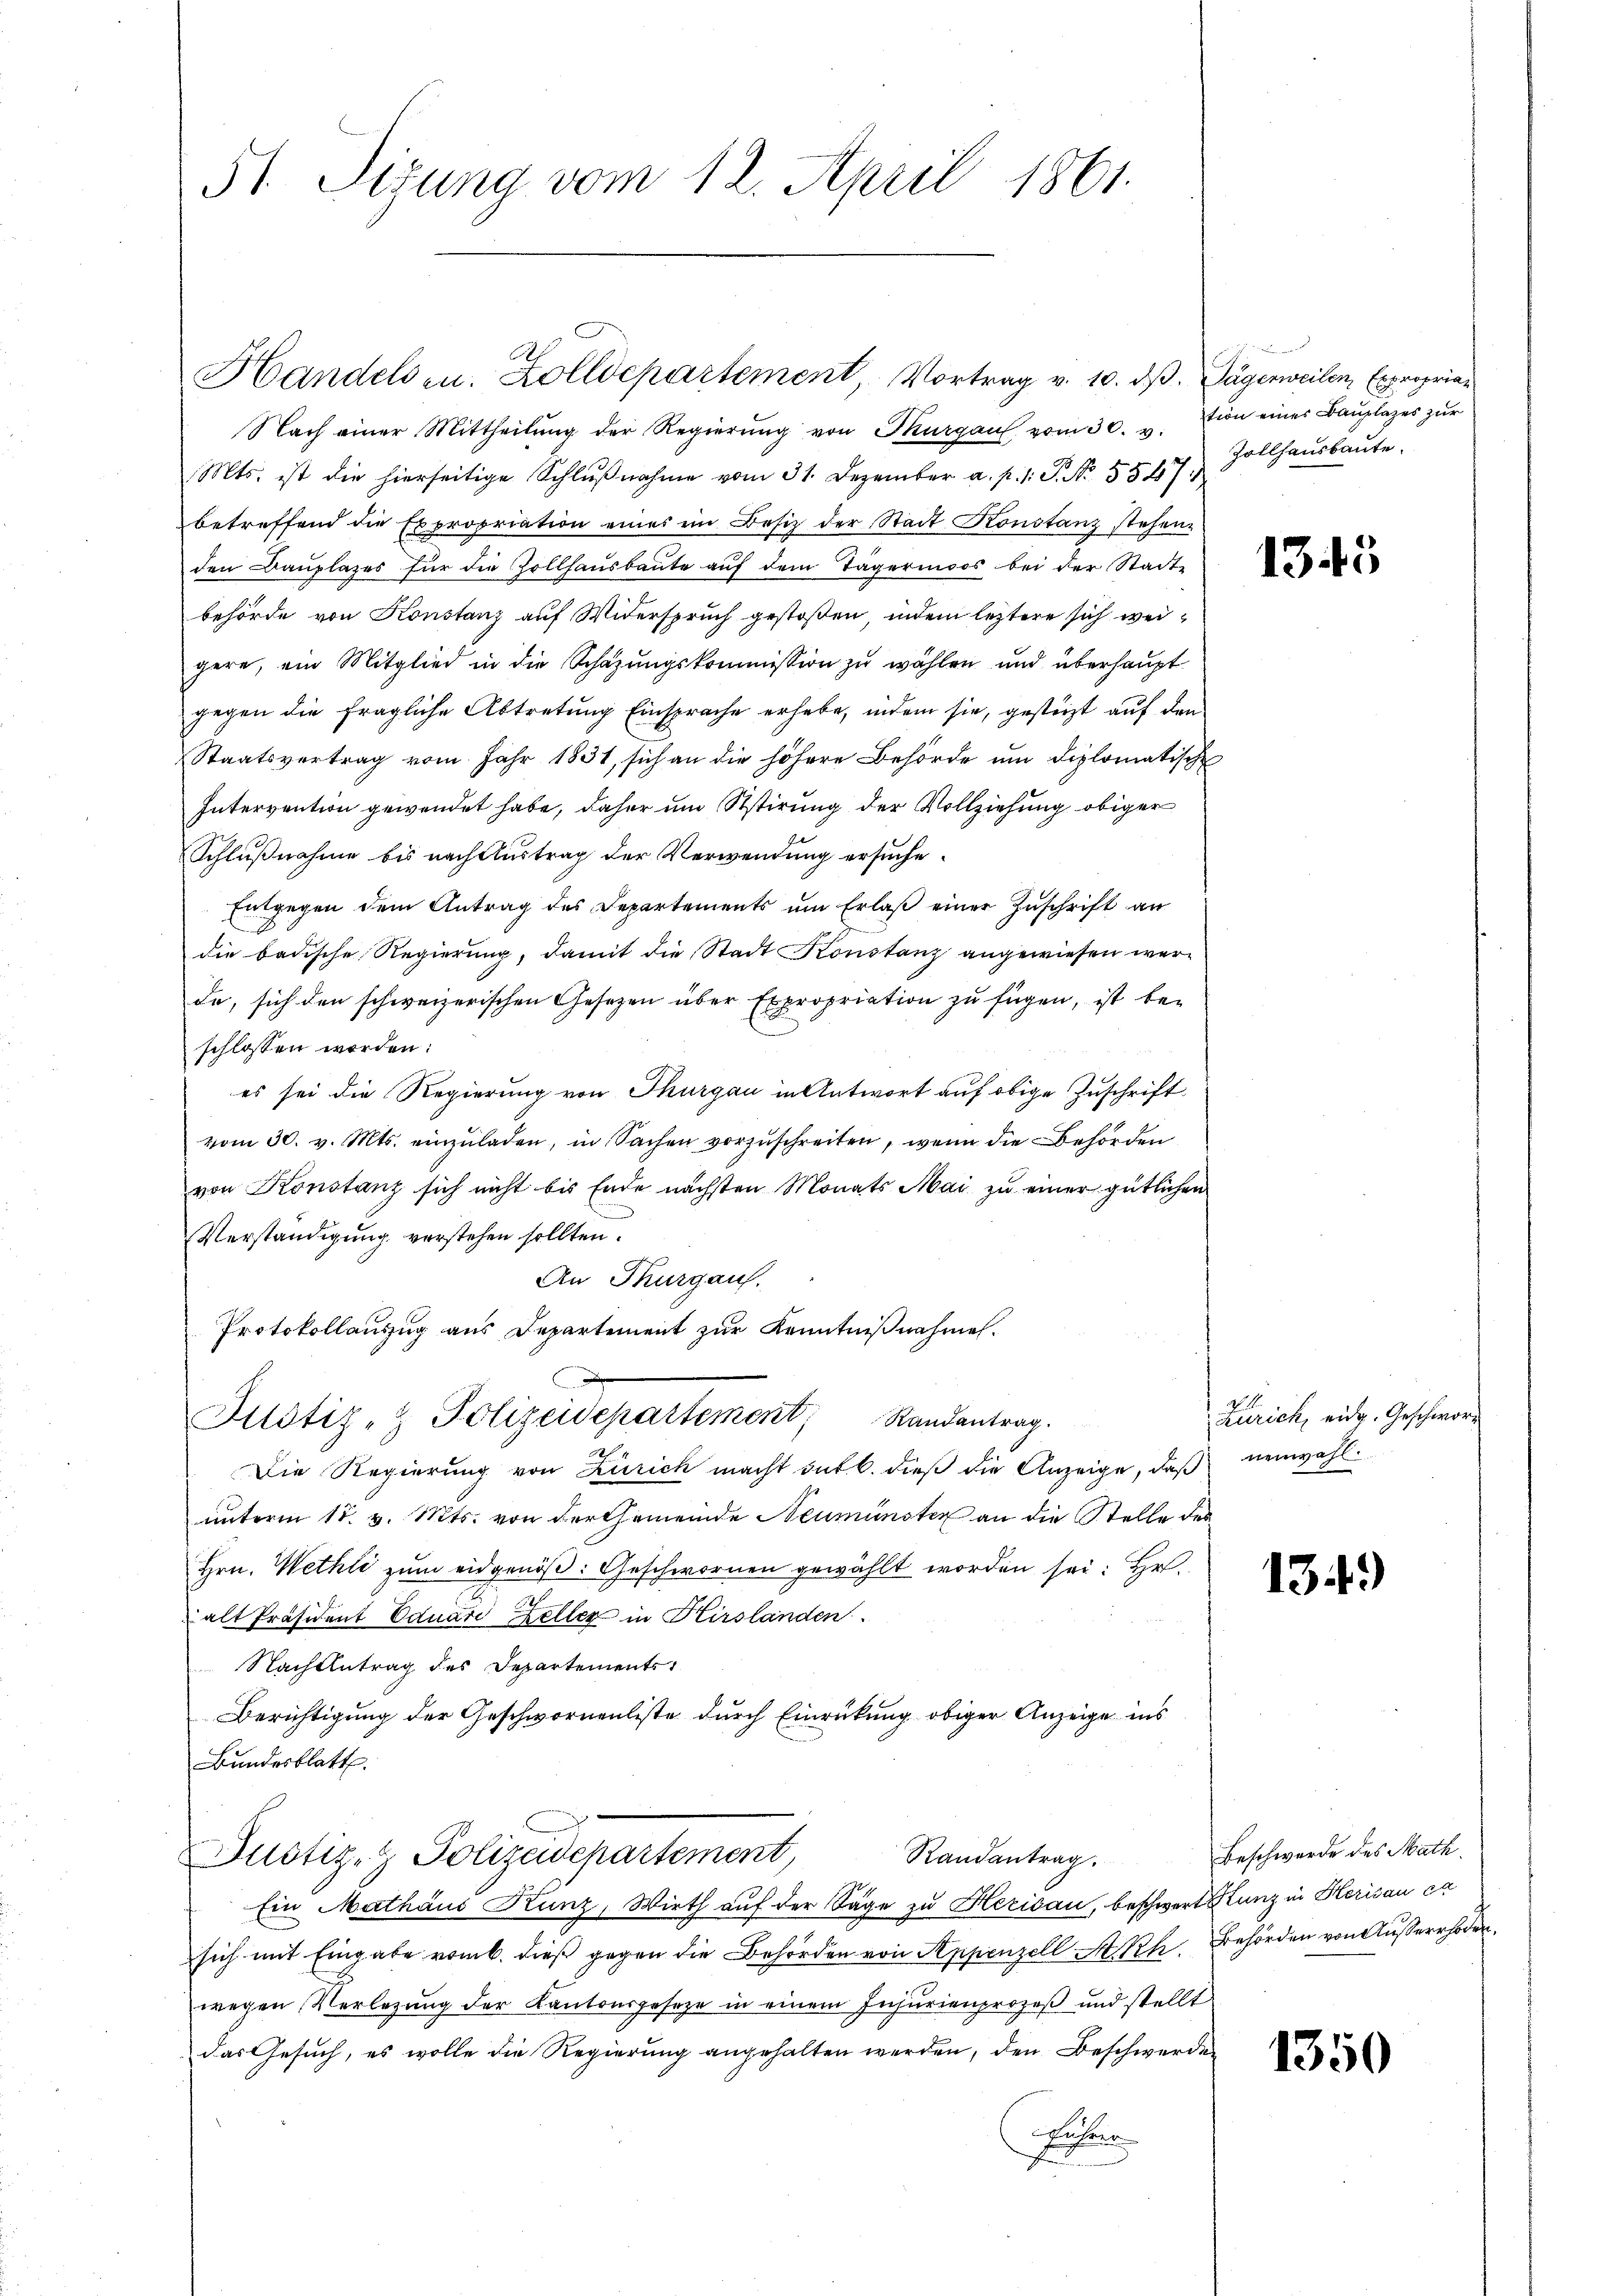
51 Sizung vom 12. April 1861.

Handelsen. Zolldepartement, Vortrag v. 10. dβ. Tägerweilen, Exproprian

Nach einer Mittheilŭng der Regierŭng von Thurgau vom 30. v.
Mts. ist die hierseitige Schlußnahme vom 31. Dezember a. p. 1. P. No. 5547
betreffend die Expropriation eines ein Besitz der Stadt Konstanz stehenden Bauplazes für die Zollhausbaute auf dem Tägerinoos bei der Stadt-
behörde von Konstanz auf Widerspruch gestoßen, indem leztere sich weigere, ein Mitglied in die Schazungskommission zu wählen und überhaupt
gegen die fragliche Abtretung Einsprache erhabe, indem sie, gestützt auf den
Staatsvertrag vom Jahr 1831, sich an die höhere Behörde um diplomatische
Intervention gewendet habe, daher um stirung der Vollziehung obiger
Schlußnahme bis nach Austrag der Verwendung ersuche.
Entgegen dem Antrag des Departements ŭm Erlaβ einer Zŭschrift an
die badische Regierung, damit die Stadt Konstanz angewiesen werde, sich den schweizerischen Gesetzen über Expropriation zu fügen, ist beschlossen worden:
es sei die Regierung von Thurgau in Antwort auf obige Zuschrift
vom 30. v. Mts. einzŭladen, in Sachen vorzuschreiten, wenn die Behörden
von Konstanz sich nicht bis Ende nächsten Monats Mai zu einer gütlichen
Verständigung verstehen sollten.
An Thurgau.
Protokollauszug aus Departement zur Kenntnißnahmen.
Justiz- & Polizeidepartement, Randantrag.
Die Regierung von Zürich macht gut b. dieβ die Anzeige, daβ neuwahl
unterm 15. v. Mts. von der Gemeinde Neumünster an die Stelle des
Hrn. Wethli zum eidgenöß: Geschwornen gewählt worden sei: Hr.
alt Präsident Eduard Keller in Hirslanden
 Nachbetrag des Departements
Berichtigung der Geschwornenliste durch Einrückung obiger Anzeige ins
Bundesblatt
Justiz- & Polizeidepartement,
Randantrag.
Ein Mathäus Kunz, Wirth aŭf der Säge zŭ Herisau, beschwert Kunz in Herisau ca
sich mit Eingabe vom 6. dieß gegen die Behörden von Appenzell A.Rh. Behörden von Ausserrhoden
wegen Verlegung der Kantonsgeseze in einem Insurienprozeß und stellt
das Gesuch, es wolle die Regierung angehalten werden, den Beschwerde
Eichen

tion eines Bauplazes zur
Zollhausbaute.

1343

Zürich, eidg. Geschwore

1349)

Beschwerde des Math.

1350